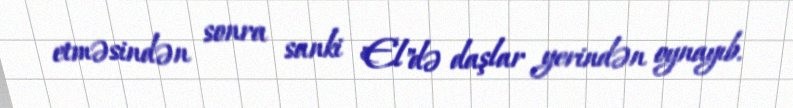
etməsindən sonra sanki "El"də daşlar yerindən oynayıb.